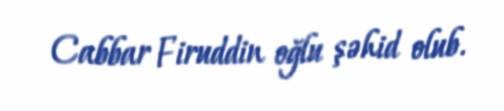
Cabbar Firuddin oğlu şəhid olub.